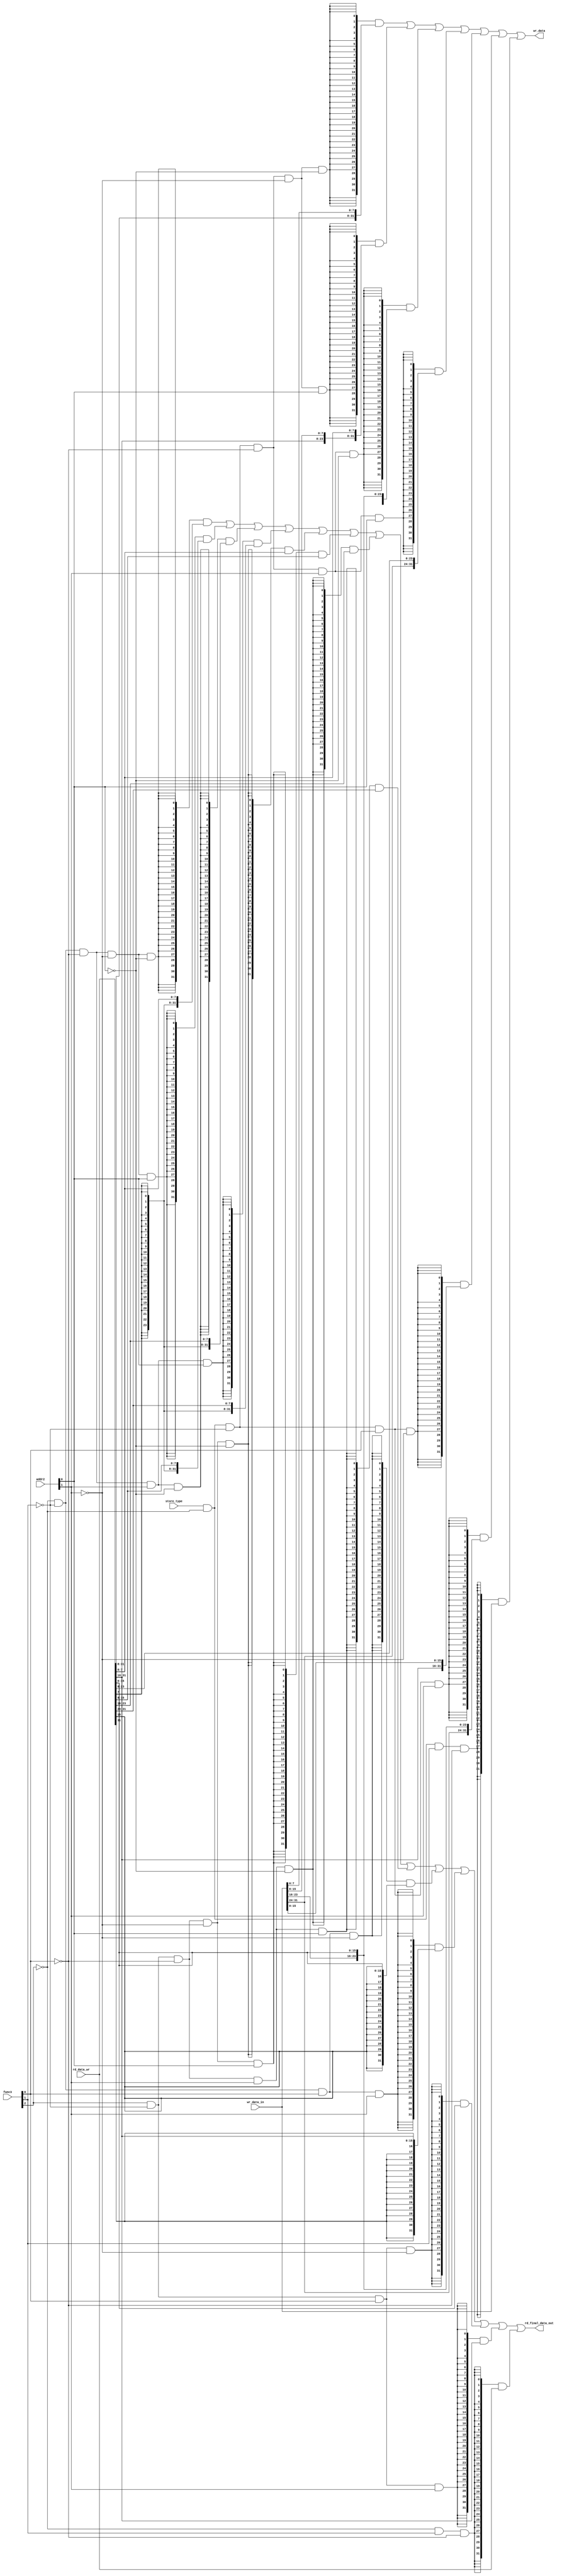
`timescale 1ns / 1ps
//////////////////////////////////////////////////////////////////////////////////
// Company: 
// Engineer: 
// 
// Design Name: 
// Module Name:    LD_ST_type 
// Project Name: 
// Target Devices: 
// Tool versions: 
// Description: 
//
// Dependencies: 
//
// Revision: 
// Revision 0.01 - File Created
// Additional Comments: 
//
//////////////////////////////////////////////////////////////////////////////////
module LD_ST_type(addr2,func3,store_type,rd_data_wr,wr_data_in,wr_data,rd_final_data_out);

input [1:0]  addr2;
input [2:0]  func3;
input        store_type;
input [31:0] rd_data_wr;
input [31:0] wr_data_in;

output  [31:0]   wr_data;
output  [31:0]    rd_final_data_out;
					//sb
assign wr_data = ({32{ store_type & !func3[2] & !func3[1] & !func3[0]& !addr2[1] & !addr2[0]}} & {rd_data_wr[31:8], wr_data_in[7:0]                    } )     
	                    |({32{ store_type & !func3[2] & !func3[1] & !func3[0]& !addr2[1] &  addr2[0]}} & {rd_data_wr[31:16],wr_data_in[15:8], rd_data_wr [7:0]} )
	                    |({32{ store_type & !func3[2] & !func3[1] & !func3[0]&  addr2[1] & !addr2[0]}} & {rd_data_wr[31:24], wr_data_in[23:16],rd_data_wr[15:0]} )
	                    |({32{ store_type & !func3[2] & !func3[1] & !func3[0]&  addr2[1] &  addr2[0]}} & {                        wr_data_in[31:24],rd_data_wr[23:0]} )
				    //sh
  				        |({32{ store_type & !func3[2] & !func3[1] &  func3[0]& !addr2[1]}} &  { rd_data_wr[31:16],wr_data_in[15:0]})
	                    |({32{ store_type & !func3[2] & !func3[1] &  func3[0]&  addr2[1]}} &  { wr_data_in[31:16],rd_data_wr[15:0]})
				    //sw
	                    |({32{ store_type & !func3[2] &  func3[1] & !func3[0] }} &  wr_data_in) ;
assign rd_final_data_out = ({32{/*!store_type &*/ !func3[2] & !func3[1] & !func3[0]& !addr2[1] & !addr2[0]}} & {{24{rd_data_wr[7]}},rd_data_wr[7:0]}  )
               /*lb*/ |({32{/*!store_type &*/ !func3[2] & !func3[1] & !func3[0]& !addr2[1] &  addr2[0]}} & {{24{rd_data_wr[7]}},rd_data_wr[15:8]} )
	                      |({32{/*!store_type &*/ !func3[2] & !func3[1] & !func3[0]&  addr2[1] & !addr2[0]}} & {{24{rd_data_wr[7]}},rd_data_wr[23:16]} )
	                      |({32{/*!store_type &*/ !func3[2] & !func3[1] & !func3[0]&  addr2[1] &  addr2[0]}} & {{24{rd_data_wr[7]}},rd_data_wr[31:24]} )
					//lbu        	
  				          |({32{/*!store_type &*/  func3[2] & !func3[1] & !func3[0]& !addr2[1] & !addr2[0]}} & {24'b00000000_00000000_00000000,rd_data_wr[7:0]}  )
                          |({32{/*!store_type &*/  func3[2] & !func3[1] & !func3[0]& !addr2[1] &  addr2[0]}} & {24'b00000000_00000000_00000000,rd_data_wr[15:8]} )
	                      |({32{/*!store_type &*/  func3[2] & !func3[1] & !func3[0]&  addr2[1] & !addr2[0]}} & {24'b00000000_00000000_00000000,rd_data_wr[23:16]} )
	                      |({32{/*!store_type &*/  func3[2] & !func3[1] & !func3[0]&  addr2[1] &  addr2[0]}} & {24'b00000000_00000000_00000000,rd_data_wr[31:24]} )
					//lh		
                          |({32{/*!store_type &*/ !func3[2] & !func3[1] &  func3[0]&             !addr2[1]}} & {{16{rd_data_wr[15]}},rd_data_wr[15:0]} )
                          |({32{/*!store_type &*/ !func3[2] & !func3[1] &  func3[0]&              addr2[1]}} & {{16{rd_data_wr[31]}},rd_data_wr[31:16]})
					//lhu	     
	                      |({32{/*!store_type &*/  func3[2] & !func3[1] &  func3[0]&             !addr2[1]}} & {16'b0,rd_data_wr[15:0]}   )
	                      |({32{/*!store_type &*/  func3[2] & !func3[1] &  func3[0]&              addr2[1]}} & {16'b0,rd_data_wr[31:16]}  )
					//lw
				          |({32{/*!store_type &*/ !func3[2] &  func3[1] & !func3[0]                       }} &   rd_data_wr);
							 
endmodule